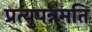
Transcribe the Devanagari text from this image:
प्रत्युपन्नमति